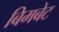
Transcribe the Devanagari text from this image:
बिमबेट